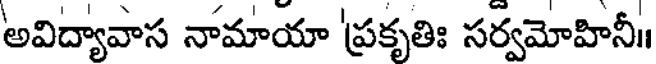
అవిద్యావాస నామాయా 'ప్రకృతిః సర్వమోహినీ॥